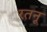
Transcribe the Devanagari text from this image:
रतनू